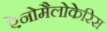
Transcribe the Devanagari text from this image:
ऐनोमैलोकेरिस